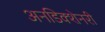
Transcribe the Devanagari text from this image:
अनडिक्शेनरी